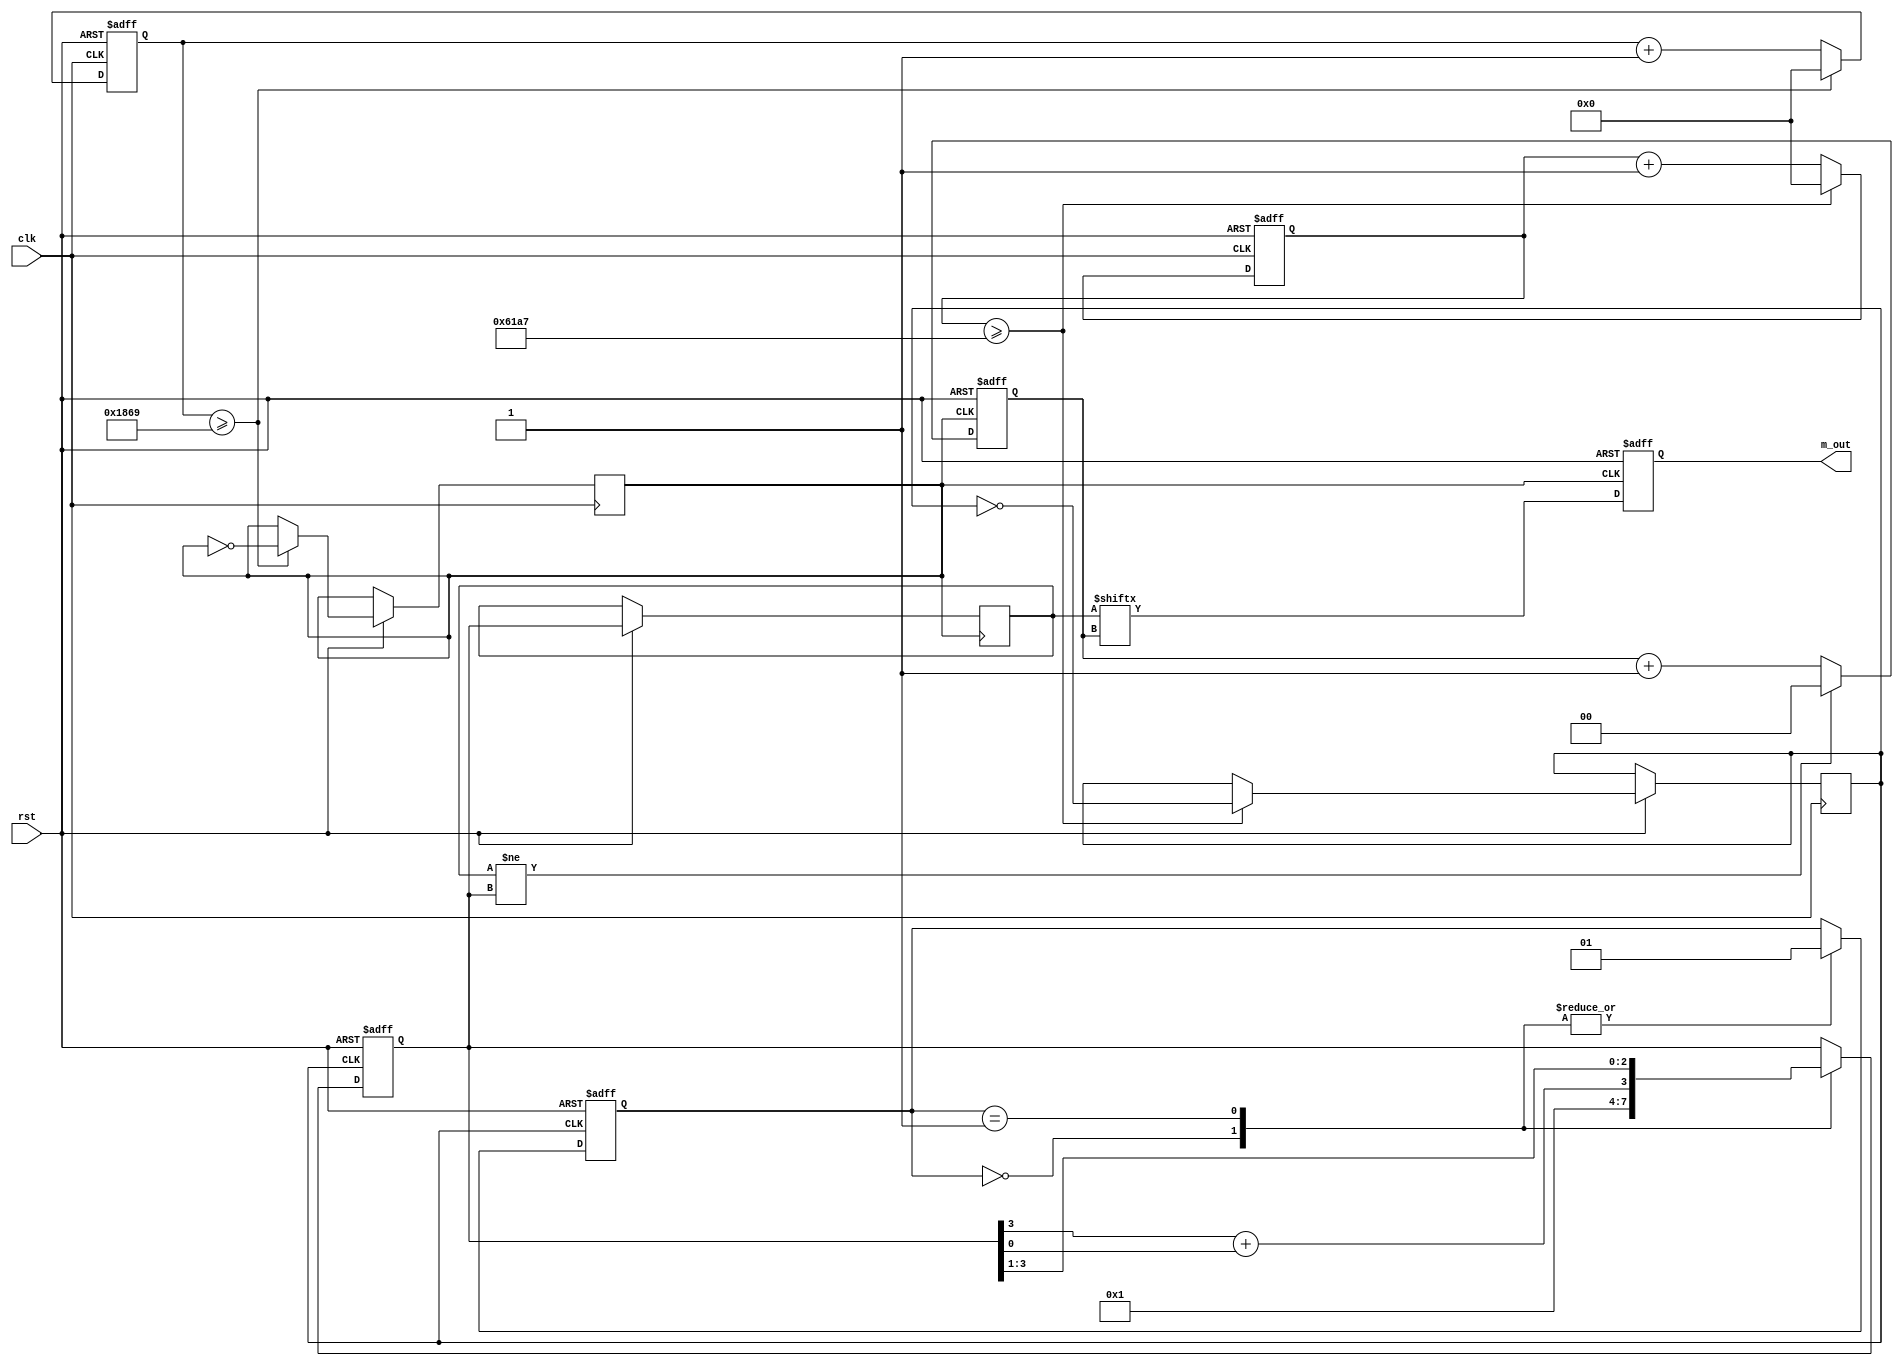
module M_array
(clk,rst,
m_out
); 

input clk,rst;
output m_out;

reg[1:0]state;
reg[3:0]m_data_r;


reg[31:0]cnt1;
reg clk_1K;
always@(posedge clk or negedge rst)
begin
	if(!rst)
		begin
			cnt1<=1'b0;
		end
	else if(cnt1>=24999)
		begin
			clk_1K<=~clk_1K;
			cnt1<=1'b0;
		end 
	else  	
		begin
			cnt1<=cnt1+1'b1;
		end 
end 
wire clk_mar=clk_1K;

reg[31:0]cnt2;
reg clk_4K;//
always@(posedge clk or negedge rst)
begin
	if(!rst)
		begin
			cnt2<=1'b0;
		end
	else if(cnt2>=6249)
		begin
			clk_4K<=~clk_4K;
			cnt2<=1'b0;
		end 
	else  	
		begin
			cnt2<=cnt2+1'b1;
		end 
end 

always@(posedge clk_mar or negedge rst)
begin
	if(!rst)
		begin
			m_data_r<=4'd0;
			state<=2'b00;
		end
	else 
		case(state)
			2'b00:
				begin
					m_data_r<=4'b0001;
					state<=2'b01;
				end
			2'b01:
				begin
					m_data_r<={{m_data_r[3]+m_data_r[0]},m_data_r[3:1]};
					state<=2'b01;
				end
		endcase			
end

wire[3:0] m_data=m_data_r;
//assign m_out=m_data[0];
reg[1:0]i;
reg m_out;
reg[3:0]m_data1,m_data2;
always@(posedge clk_4K or negedge rst)
begin
	if(!rst)
		begin
			m_out<=1'b0;
			i<=1'b0;
		end
	else 
		begin
			m_data1<=m_data;
			if(m_data1!=m_data)
				begin
					i<=1'b0;
					m_out<=m_data1[i];
				end
			else 
				begin
					i<=i+1'b1;
					m_out<=m_data1[i];
				end
		end
end

endmodule